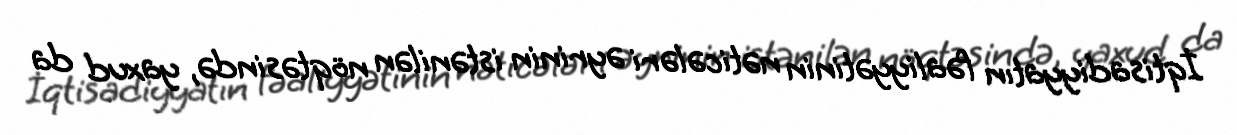
İqtisadiyyatın fəaliyyətinin nəticələri əyrinin istənilən nöqtəsində, yaxud da